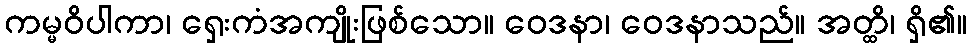
ကမ္မဝိပါကာ၊ ရှေးကံအကျိုးဖြစ်သော။ ဝေဒနာ၊ ဝေဒနာသည်။ အတ္ထိ၊ ရှိ၏။